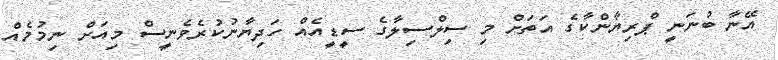
އޭނާ ބުނަނީ ޕްރިޔާންކާގެ އަތަށް މި ސިލްސިލާގެ ސީޑީއެއް ހަދިޔާނުކުރެވެނީސް މިއަށް ނިމުމެއް